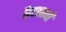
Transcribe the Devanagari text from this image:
कैटलानी